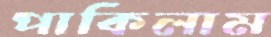
পাকিলাম